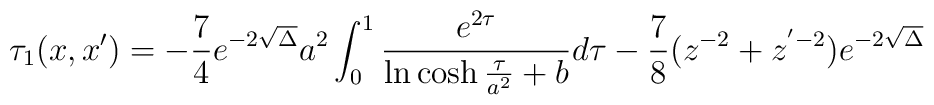
\tau_1(x,x') = -\frac{7}{4}e^{-2\sqrt{\Delta}} a^2\int_0^1 	\frac{e^{2\tau}}{\ln\cosh\frac{\tau}{a^2}+b} d\tau	-\frac{7}{8}(z^{-2}+z^{'-2})e^{-2\sqrt{\Delta}}